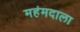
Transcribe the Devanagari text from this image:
महंमदाला